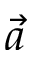
\vec { a }